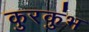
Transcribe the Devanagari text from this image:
कुरकुंभ